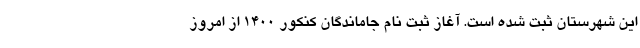
این شهرستان ثبت شده است. آغاز ثبت نام جاماندگان کنکور ۱۴۰۰ از امروز